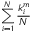
\sum _ { i = 1 } ^ { N } \frac { k _ { i } ^ { m } } { N }